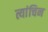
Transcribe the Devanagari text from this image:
त्यांचिन